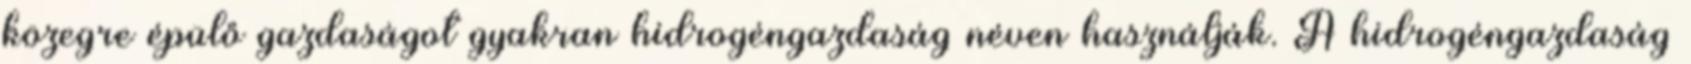
közegre épülő gazdaságot gyakran hidrogéngazdaság néven használják. A hidrogéngazdaság